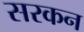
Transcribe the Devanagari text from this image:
सरकन